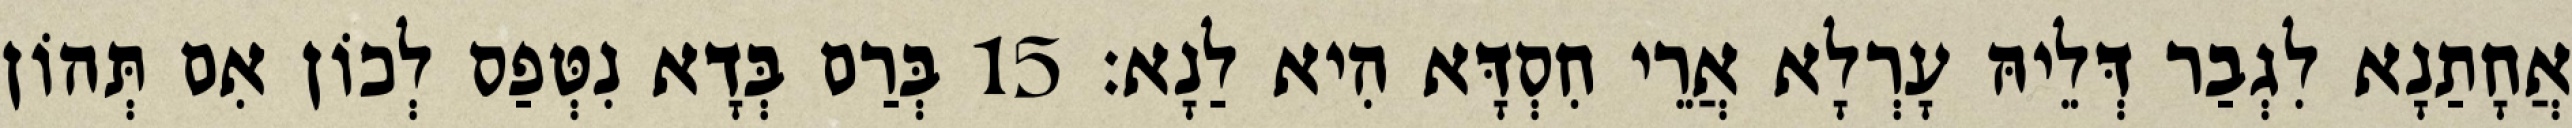
אֲחָתַנָא לִגְבַר דְּלֵיהּ עָרְלָא אֲרֵי חִסְדָּא הִיא לַנָא׃ 15 בְּרַם בְּדָא נִטְּפַס לְכוֹן אִם תְּהוֹן